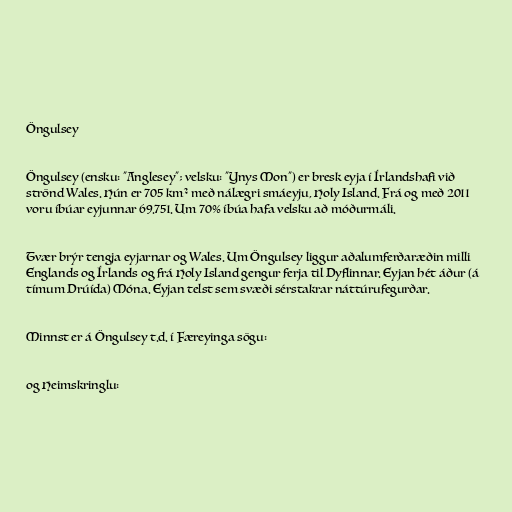
Öngulsey

Öngulsey (ensku: "Anglesey"; velsku: "Ynys Mon") er bresk eyja í Írlandshafi við
strönd Wales. Hún er 705 km² með nálægri smáeyju, Holy Island. Frá og með 2011
voru íbúar eyjunnar 69.751. Um 70% íbúa hafa velsku að móðurmáli.

Tvær brýr tengja eyjarnar og Wales. Um Öngulsey liggur aðalumferðaræðin milli
Englands og Írlands og frá Holy Island gengur ferja til Dyflinnar. Eyjan hét áður (á
tímum Drúída) Móna. Eyjan telst sem svæði sérstakrar náttúrufegurðar.

Minnst er á Öngulsey t.d. í Færeyinga sögu:

og Heimskringlu: